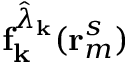
\mathbf { f } _ { \mathbf { k } } ^ { \hat { \lambda } _ { \mathbf { k } } } ( \mathbf { r } _ { m } ^ { s } )